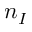
n _ { I }